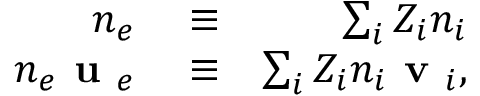
\begin{array} { r l r } { n _ { e } } & { { } \equiv } & { \sum _ { i } Z _ { i } n _ { i } } \\ { n _ { e } \textbf { u } _ { e } } & { { } \equiv } & { \sum _ { i } Z _ { i } n _ { i } \textbf { v } _ { i } , } \end{array}